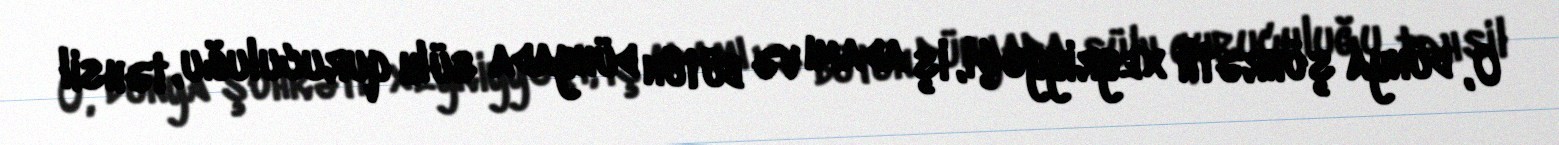
O, dünya şöhrətli xeyriyyəçi, iş adamı və bütün dünyada sülh quruculuğu, təhsil